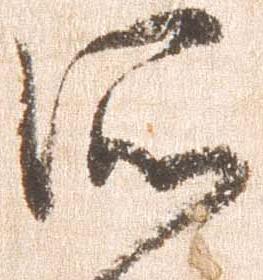
所